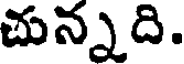
చున్నది.